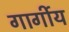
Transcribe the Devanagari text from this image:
गार्गीय